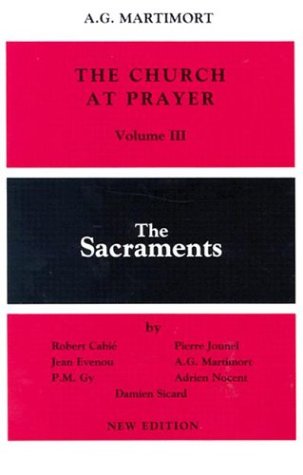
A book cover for The Church at Prayer: Volume III: The Sacraments; Robert CabiÃ©; Christian Books & Bibles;